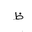
Letter: _za